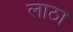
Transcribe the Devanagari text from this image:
लाठा